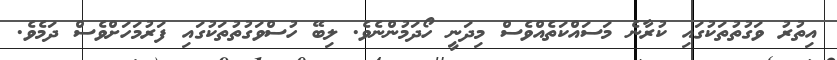
އިތުރު ވަގުތުތަކުގައި ކުރާނެ މަސައްކަތެއްވެސް މިދަނީ ހޯދަމުންނެވެ. ލިބޭ ހުސްވަގުތުތަކުގައި ފަރުމަހަށްވެސް ދަމެވެ.